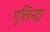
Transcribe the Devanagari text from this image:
गुलिन्दा